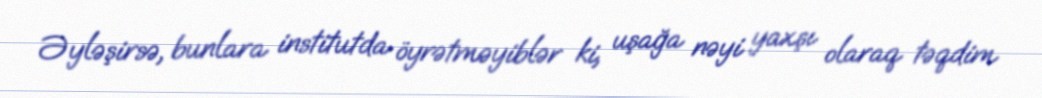
Əyləşirsə, bunlara institutda öyrətməyiblər ki, uşağa nəyi yaxşı olaraq təqdim